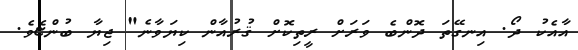
އާއެކު ދޯ. އިނގޭތަ ދޮންބެ ވަރަށް ރީތިކޮށް ޤުރުއާން ކިޔަވާނެ" ޖިޔާ ބުންޏެވެ.